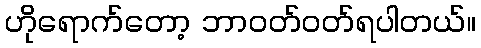
ဟိုရောက်တော့ ဘာဝတ်ဝတ်ရပါတယ်။